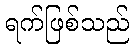
ရက်ဖြစ်သည်